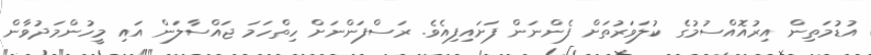
އުޑުމަތިން އިރުއޮއްސުމުގެ ކުލަވަރުތަށް ފެންނަން ފަށައިފިއެވެ. ރަސްފަންނަށްް ހިތްހަމަ ޖައްސާލަން އައި މީހުންމަދުވާން